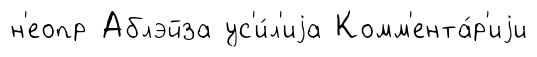
н'еопр Аблэйза ус'и́л'иjа Комм'ента́р'иjи